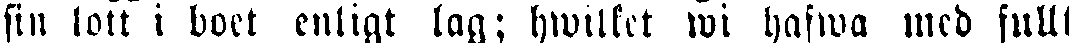
sin lott i boet enligt lag; hwilket wi hafwa med fullt